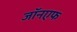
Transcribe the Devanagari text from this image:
जॉनएफ